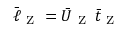
\Bar { \ell } _ { \mathrm { ~ Z ~ } } = \bar { U } _ { \mathrm { ~ Z ~ } } \, \Bar { t } _ { \mathrm { ~ Z ~ } }